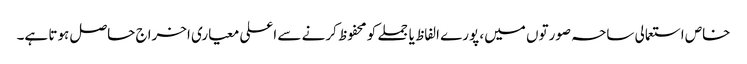
خاص استعمالی ساحہ صورتوں میں، پورے الفاظ یا جملے کو محفوظ کرنے سے اعلی معیاری اخراج حاصل ہوتا ہے۔